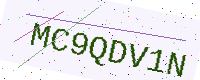
Text: MC9QDV1N